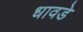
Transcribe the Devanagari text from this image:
धावडे